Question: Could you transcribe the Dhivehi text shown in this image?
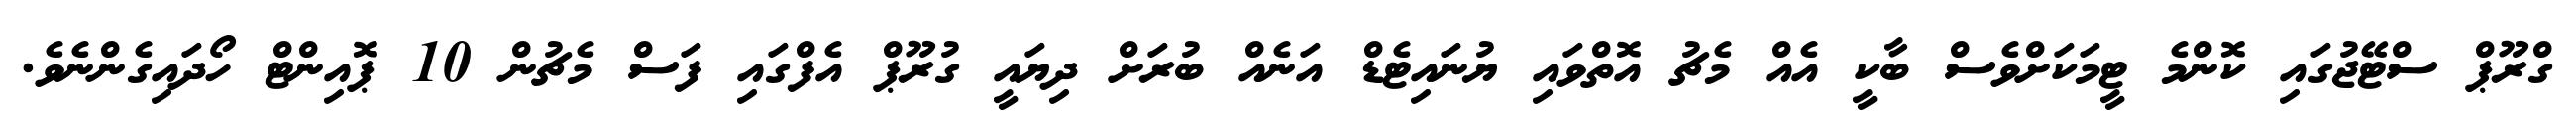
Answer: ގްރޫޕް ސްޓޭޖުގައި ކޮންމެ ޓީމަކަށްވެސް ބާކީ އެއް މެޗު އޮތްވައި ޔުނައިޓެޑް އަނެއް ބުރަށް ދިޔައީ ގުރޫޕް އެފްގައި ފަސް މެޗުން 10 ޕޮއިންޓް ހޯދައިގެންނެވެ.